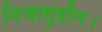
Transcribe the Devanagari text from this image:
निजामुद्दीन।